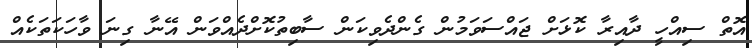
އޮތް ސިއްހީ ދާއިރާ ކޮޅަށް ޖައްސަވަމުން ގެންދެވިކަން ސާބިތުކޮށްދެއްވަން އޭނާ ގިނަ ވާހަކަތަކެއް